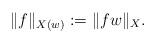
LaTeX: \begin{align*}\|f\|_{X(w)}:=\|fw\|_X.\end{align*}